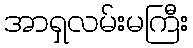
အာရှလမ်းမကြီး